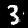
Label: 3